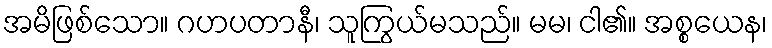
အမိဖြစ်သော။ ဂဟပတာနီ၊ သူကြွယ်မသည်။ မမ၊ ငါ၏။ အစ္စယေန၊